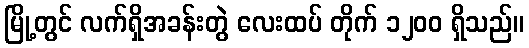
မြို့တွင် လက်ရှိအခန်းတွဲ လေးထပ် တိုက် ၁၂၀၀ ရှိသည်။